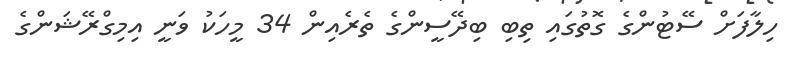
ހިލާފަށް ސޭޓުންގެ ގޮތުގައި ތިބި ބިދޭސީންގެ ތެރެއިން 34 މީހަކު ވަނީ އިމިގްރޭޝަންގެ